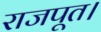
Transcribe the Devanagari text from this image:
राजपूत।